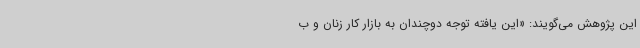
این پژوهش می‌گویند: «این یافته توجه دوچندان به بازار کار زنان و ب